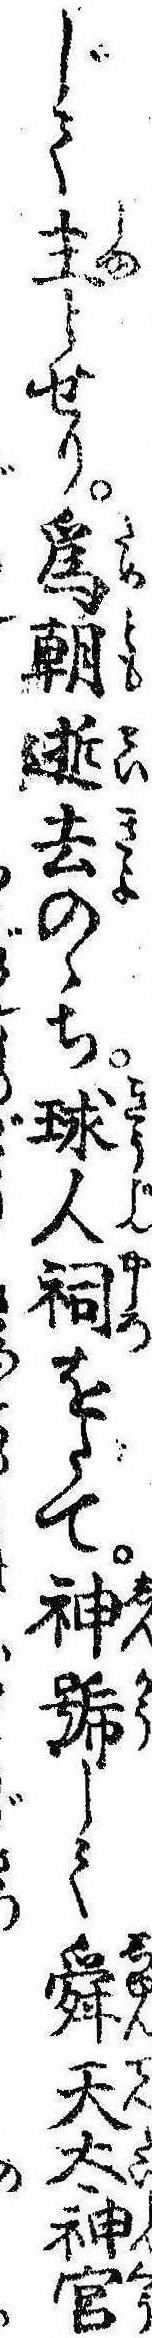
じて主とせり為朝逝去のゝち球人祠をたて神号して舜天太神宮